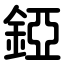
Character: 錏